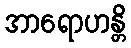
အာရောဟန္တိ